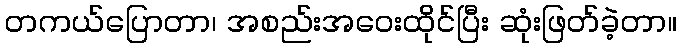
တကယ်ပြောတာ၊ အစည်းအဝေးထိုင်ပြီး ဆုံးဖြတ်ခဲ့တာ။